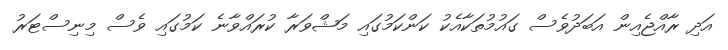
އަދި ރާއްޖެއިން އަބަދުވެސް ގައުމުތަކާއެކު ކަންކަމުގައި މަޝްވަރާ ކުރައްވާނެ ކަމުގައި ވެސް މިނިސްޓަރު